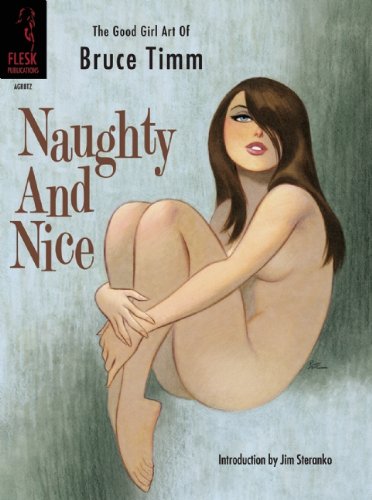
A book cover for Naughty and Nice: The Good Girl Art of Bruce Timm Big Pocket Edition; Bruce Timm; Arts & Photography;